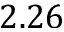
2 . 2 6